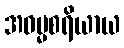
အဓမ္မစရိယာယ